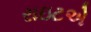
રાઇટએ